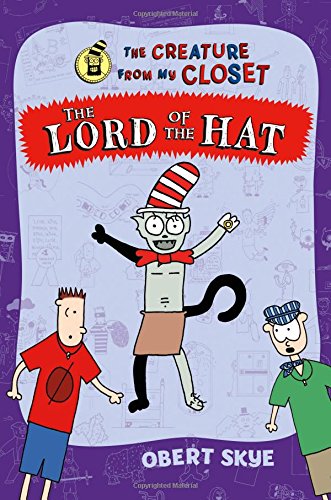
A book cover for The Lord of the Hat (The Creature from My Closet); Obert Skye; Children's Books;